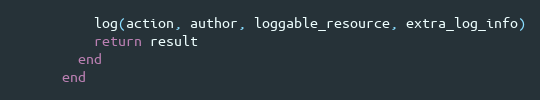
Language: Ruby
          log(action, author, loggable_resource, extra_log_info)
          return result
        end
      end